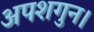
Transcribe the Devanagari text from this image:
अपशगुन।